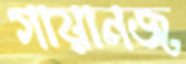
গায়ানজ